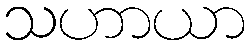
သဟာယာ